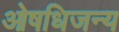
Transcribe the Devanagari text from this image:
ओषधिजन्य